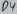
Text: D4